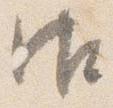
御